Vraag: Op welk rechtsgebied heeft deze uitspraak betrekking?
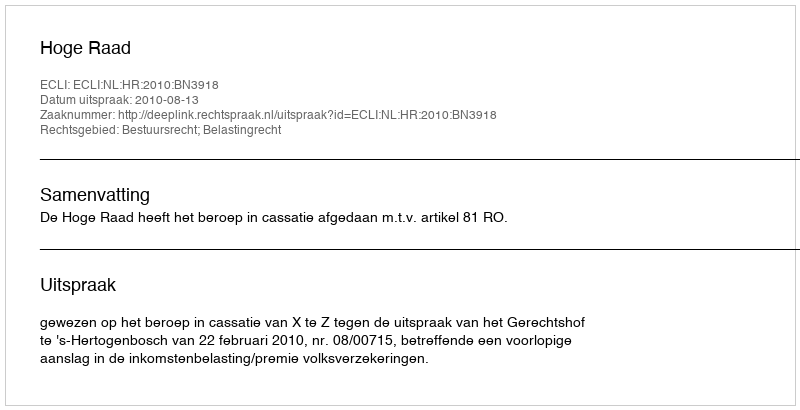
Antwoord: Bestuursrecht; Belastingrecht